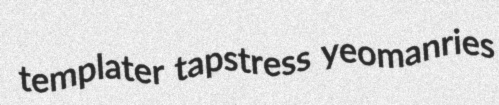
templater tapstress yeomanries